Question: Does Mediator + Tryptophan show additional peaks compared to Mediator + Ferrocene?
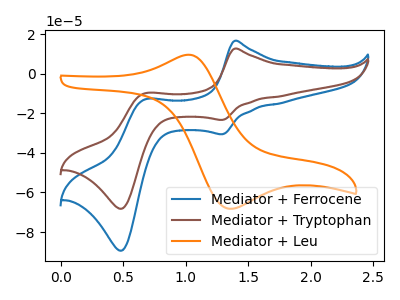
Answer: <think>The blue curve "Mediator + Ferrocene" has anodic peaks at (1.40V, 16.65uA) (0.65V, -12.95uA) and cathodic peaks at (1.30V, -30.55uA) (0.50V, -89.40uA). The brown curve "Mediator + Tryptophan" has anodic peaks at (1.40V, 12.70uA) (0.65V, -9.85uA) and cathodic peaks at (1.30V, -23.30uA) (0.50V, -68.20uA). The orange curve "Mediator + Leu" has an anodic peak at (1.00V, 9.50uA) and a cathodic peak at (1.35V, -68.25uA).
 All the peaks in "Mediator + Tryptophan" have a peak in "Mediator + Ferrocene" at the same potential.</think>
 <answer>No, "Mediator + Tryptophan" and "Mediator + Ferrocene" don't appear to be significantly different in shape</answer>
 <eval>no_change</eval>